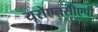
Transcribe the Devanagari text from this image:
यूरोएनसीएपी